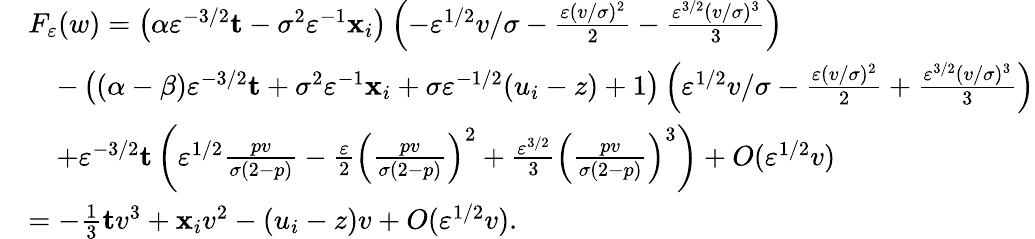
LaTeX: \begin{array}{rl}&{F_{\varepsilon}(w)=\left(\alpha\varepsilon^{-3/2}\mathbf{t}-\sigma^{2}\varepsilon^{-1}\mathbf{x}_{i}\right)\left(-\varepsilon^{1/2}v/\sigma-\frac{\varepsilon(v/\sigma)^{2}}{2}-\frac{\varepsilon^{3/2}(v/\sigma)^{3}}{3}\right)}\\ &{\quad-\left((\alpha-\beta)\varepsilon^{-3/2}\mathbf{t}+\sigma^{2}\varepsilon^{-1}\mathbf{x}_{i}+\sigma\varepsilon^{-1/2}(u_{i}-z)+1\right)\left(\varepsilon^{1/2}v/\sigma-\frac{\varepsilon(v/\sigma)^{2}}{2}+\frac{\varepsilon^{3/2}(v/\sigma)^{3}}{3}\right)}\\ &{\quad+\varepsilon^{-3/2}\mathbf{t}\left(\varepsilon^{1/2}\frac{pv}{\sigma(2-p)}-\frac{\varepsilon}{2}\left(\frac{pv}{\sigma(2-p)}\right)^{2}+\frac{\varepsilon^{3/2}}{3}\left(\frac{pv}{\sigma(2-p)}\right)^{3}\right)+O(\varepsilon^{1/2}v)}\\ &{=-\frac{1}{3}\mathbf{t}v^{3}+\mathbf{x}_{i}v^{2}-(u_{i}-z)v+O(\varepsilon^{1/2}v).}\end{array}